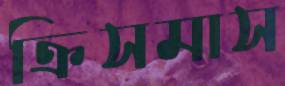
ক্রিসমাস